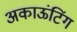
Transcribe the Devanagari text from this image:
अकाऊंटिंग